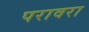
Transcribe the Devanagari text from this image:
परावरा